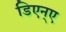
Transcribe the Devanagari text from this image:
डिएन्ए